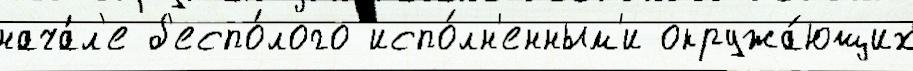
нача́л'е б'еспо́лого испо́лн'енным'и окружа́ющих